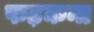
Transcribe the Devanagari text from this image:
फड़कना